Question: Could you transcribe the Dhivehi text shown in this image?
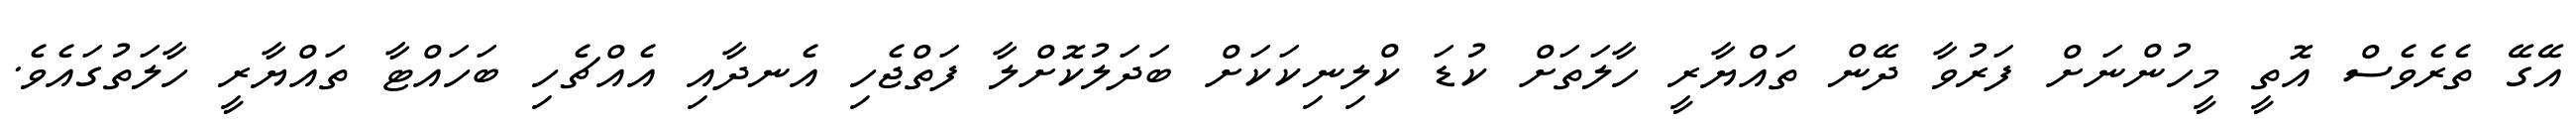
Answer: އޭގޭ ތެރެވެސް އޮތީ މީހުންނަށް ފަރުވާ ދޭން ތައްޔާރީ ހާލަތަށް ކުޑަ ކްލިނިކަކަށް ބަދަލުކޮށްލާ ފަތްޖެހި އެނދާއި އެއްޗެހި ބަހައްޓާ ތައްޔާރީ ހާލަތުގައެވެ.